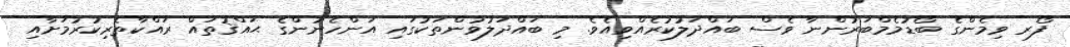
ފޯރ ވިމެންގެ ބޯޑުމެމްބަރުންނާ ވެސް ބައްދަލުކުރެއްވިއެވެ. މި ބައްދަލުވުންތަކުގައި އަންހެނުންގެ ޙައްޤުތައް ރައްކާތެރިކުރުމަށާއި